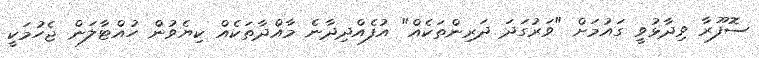
ސޮފޫރާ ވިދާޅުވީ ގައުމަށް "ވަރުގަދަ ދަރިންތަކެއް" އުފެއްދިދާނެ މާއްދާތަކެއް ކިޔެވުން ހުއްޓާލަން ޖެހުމަކީ